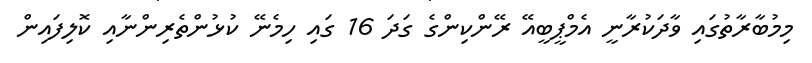
މިމުބާރާތުގައި ވާދަކުރާނީ އެމްޕީބީއޭ ރޭންކިންގެ ގަދަ 16 ގައި ހިމެނޭ ކުޅުންތެރިންނާއި ކޮލިފައިން